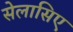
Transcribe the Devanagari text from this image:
सेलासिए